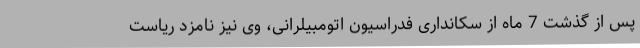
پس از گذشت 7 ماه از سکانداری فدراسیون اتومبیلرانی، وی نیز نامزد ریاست